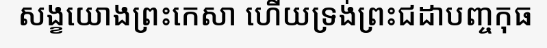
សង្ខយោងព្រះកេសា ហើយទ្រង់ព្រះជដាបញ្ចកុធ